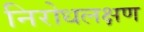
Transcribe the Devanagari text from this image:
निरोधलक्षण